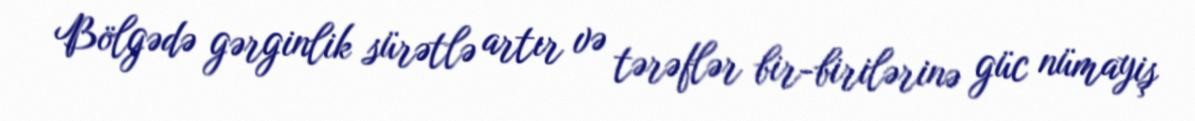
Bölgədə gərginlik sürətlə artır və tərəflər bir-birilərinə güc nümayiş